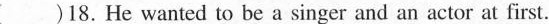
( )18.He wanted to be a singer and an actor at first.